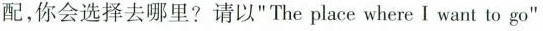
配，你会选择去哪里?请以”The place where I want to go”